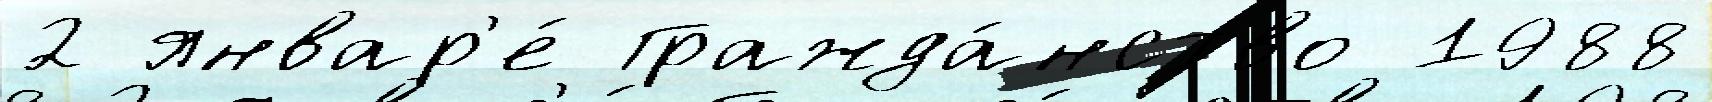
2 январ'е́ Гражда́нство 1988